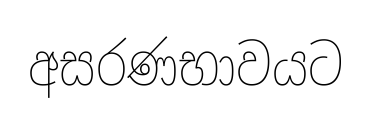
අසරණභාවයට